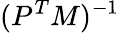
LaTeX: (P^{T}M)^{-1}